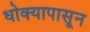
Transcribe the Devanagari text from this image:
धोक्यापासून